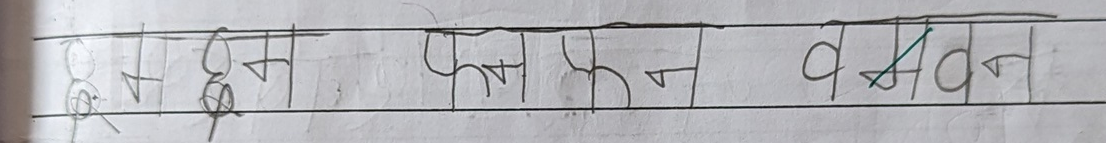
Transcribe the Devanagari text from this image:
इस झुमा फल फन ववन